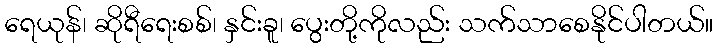
ရေယုန်၊ ဆိုရီရေးစစ်၊ နှင်းခူ၊ ပွေးတို့ကိုလည်း သက်သာစေနိုင်ပါတယ်။